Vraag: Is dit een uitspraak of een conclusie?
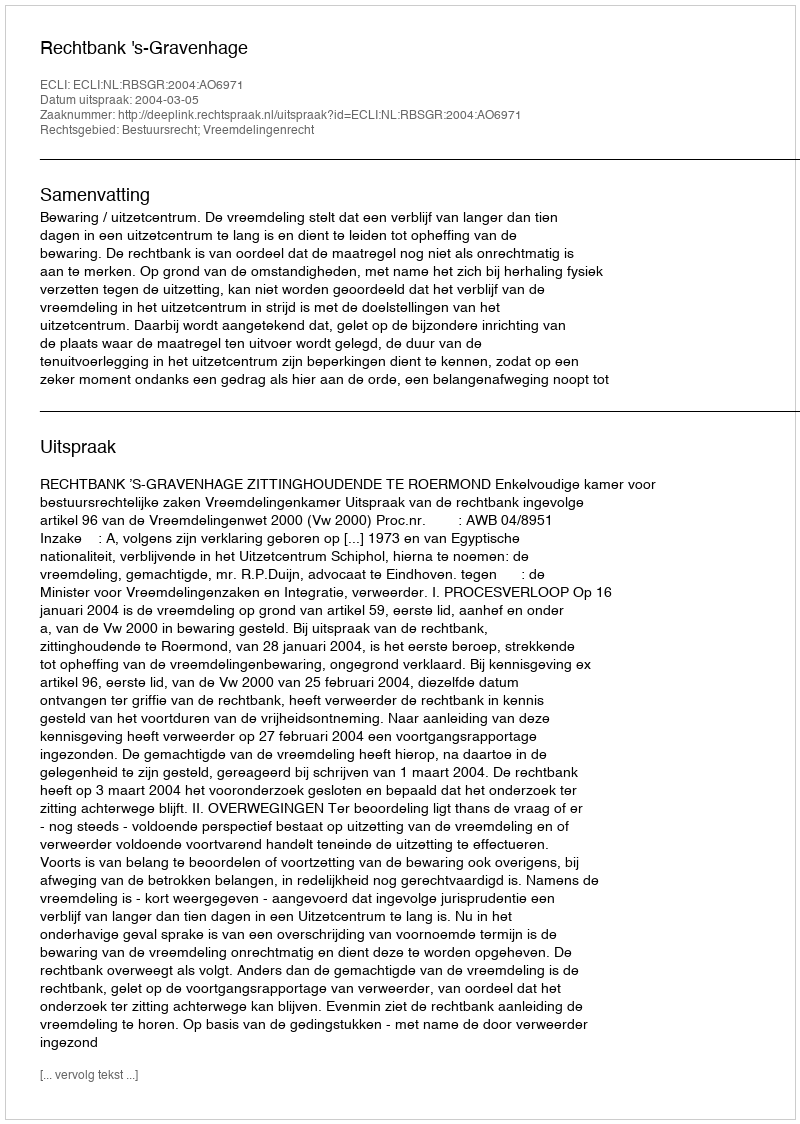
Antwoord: Uitspraak